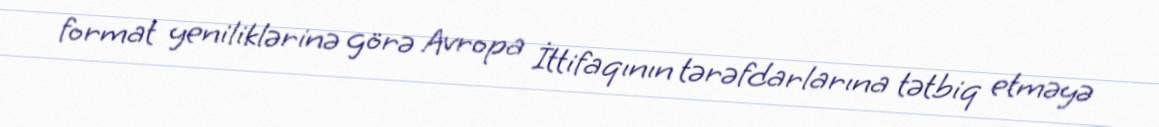
format yeniliklərinə görə Avropa İttifaqının tərəfdarlarına tətbiq etməyə